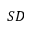
S D